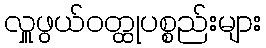
လှူဖွယ်ဝတ္ထုပစ္စည်းများ